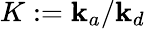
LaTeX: K:=\mathbf{k}_{a}/\mathbf{k}_{d}